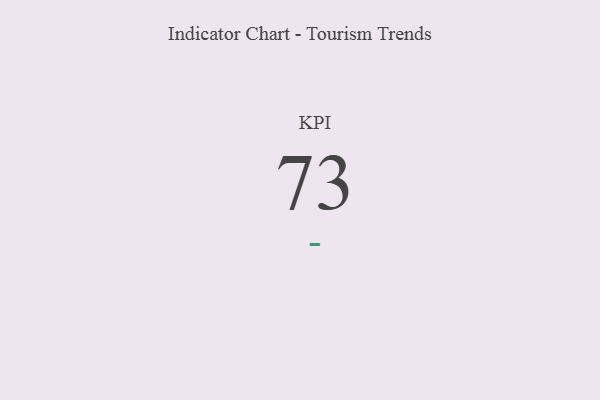
{"axis": {"x": "KPI", "y": "Value"}, "legend": [""], "data": [{"x": "KPI", "y": 73, "type": ""}]}